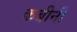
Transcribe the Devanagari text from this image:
कबीनी